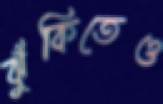
ঝুঁকিতেও